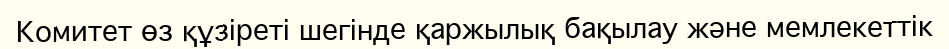
Комитет өз құзіреті шегінде қаржылық бақылау және мемлекеттік